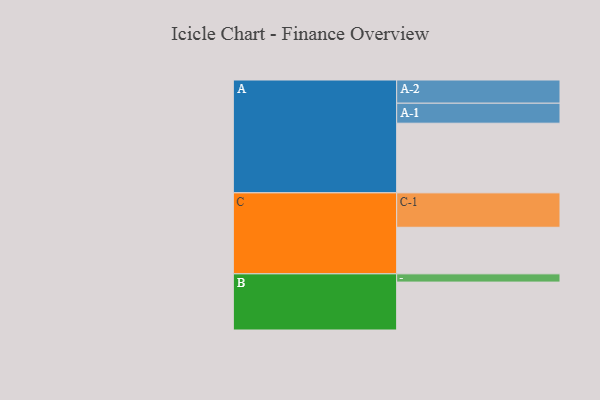
{"axis": {"x": "Segment", "y": "Value"}, "legend": ["", "A", "B", "C"], "data": [{"x": "A", "y": 516, "type": ""}, {"x": "B", "y": 355, "type": ""}, {"x": "C", "y": 345, "type": ""}, {"x": "A-1", "y": 148, "type": "A"}, {"x": "A-2", "y": 172, "type": "A"}, {"x": "B-1", "y": 61, "type": "B"}, {"x": "C-1", "y": 255, "type": "C"}]}